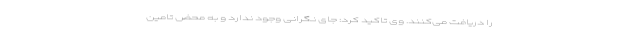
را دریافت می‌کنند. وی تاکید کرد: جای نگرانی وجود ندارد و به محض تامین